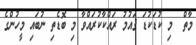
މާތް  މި ކުޑަކުޑަ ޤައުމު ރައްކާކުރައްވާ މި ބޮޑެތި ނުބައި މީހުންގެ